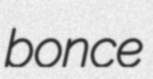
bonce